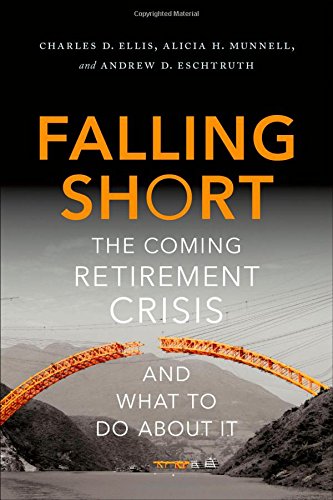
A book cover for Falling Short: The Coming Retirement Crisis and What to Do About It; Charles D. Ellis; Business & Money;